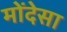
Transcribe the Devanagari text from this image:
मोंदेसा